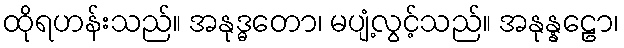
ထိုရဟန်းသည်။ အနုဒ္ဓတော၊ မပျံ့လွင့်သည်။ အနုန္နဠော၊